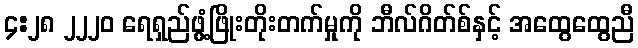
၄:၂၈ ၂၂၂၀ ရေရှည်ဖွံ့ဖြိုးတိုးတက်မှုကို ဘီလ်ဂိတ်စ်နှင့် အထွေထွေညီ